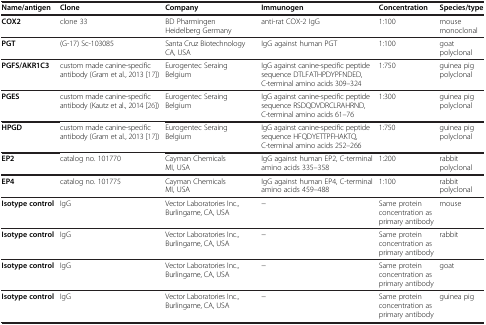
| Name/antigen | Clone | Company | Immunogen | Concentration | Species/type |
 | --- | --- | --- | --- | --- | --- |
 | COX2 | clone 33 | BD Pharmingen Heidelberg Germany | anti-rat COX-2 IgG | 1:100 | mouse monoclonal |
 | PGT | (G-17) Sc-103085 | Santa Cruz Biotechnology CA, USA | IgG against human PGT | 1:100 | goat polyclonal |
 | PGFS/AKR1C3 | custom made canine-specific antibody (Gram et al., 2013[17]) | Eurogentec Seraing Belgium | IgG against canine-specific peptide sequence DTLFATHPDYPFNDED, C-terminal amino acids 309–324 | 1:750 | guinea pig polyclonal |
 | PGES | custom made canine-specific antibody (Kautz et al., 2014[26]) | Eurogentec Seraing Belgium | IgG against canine-specific peptide sequence RSDQDVDRCLRAHRND, C-terminal amino acids 61–76 | 1:300 | guinea pig polyclonal |
 | HPGD | custom made canine-specific antibody (Gram et al., 2013[17]) | Eurogentec Seraing Belgium | IgG against canine-specific peptide sequence HFQDYETTPFHAKTQ, C-terminal amino acids 252–266 | 1:750 | guinea pig polyclonal |
 | EP2 | catalog no. 101770 | Cayman Chemicals MI, USA | IgG against human EP2, C-terminal amino acids 335–358 | 1:200 | rabbit polyclonal |
 | EP4 | catalog no. 101775 | Cayman Chemicals MI, USA | IgG against human EP4, C-terminal amino acids 459–488 | 1:100 | rabbit polyclonal |
 | Isotype control | IgG | Vector Laboratories Inc., Burlingame, CA, USA | − | Same protein concentration as primary antibody | mouse |
 | Isotype control | IgG | Vector Laboratories Inc., Burlingame, CA, USA | − | Same protein concentration as primary antibody | rabbit |
 | Isotype control | IgG | Vector Laboratories Inc., Burlingame, CA, USA | − | Same protein concentration as primary antibody | goat |
 | Isotype control | IgG | Vector Laboratories Inc., Burlingame, CA, USA | − | Same protein concentration as primary antibody | guinea pig |